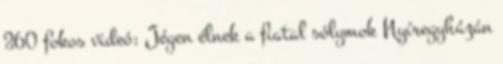
360 fokos videó: Jégen élnek a fiatal sólymok Nyíregyházán